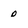
Character: o